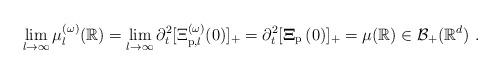
LaTeX: \begin{align*}\lim_{l\rightarrow \infty }\mathbf{\mu }_{l}^{(\omega )}(\mathbb{R})=\lim_{l\rightarrow \infty }\partial _{t}^{2}[\Xi _{\mathrm{p},l}^{(\omega)}(0)]_{+}=\partial _{t}^{2}[\mathbf{\Xi }_{\mathrm{p}}\left( 0\right) ]_{+}=\mathbf{\mu }(\mathbb{R})\in \mathcal{B}_{+}(\mathbb{R}^{d})\ .\end{align*}